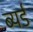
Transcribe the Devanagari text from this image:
ब्यर्ड